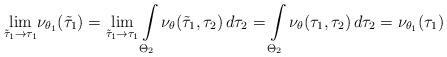
LaTeX: \begin{align*} \underset{ {\tilde \tau}_1 \rightarrow \tau_1 } \lim \nu_{\theta_1}({\tilde \tau}_1) = \underset{ {\tilde \tau}_1 \rightarrow \tau_1 } \lim \int \limits_{\Theta_2} \nu_{\theta}({\tilde \tau}_1, \tau_2) \, d \tau_2 = \int \limits_{\Theta_2} \nu_{\theta}(\tau_1, \tau_2) \, d \tau_2 = \nu_{\theta_1}(\tau_1) \end{align*}